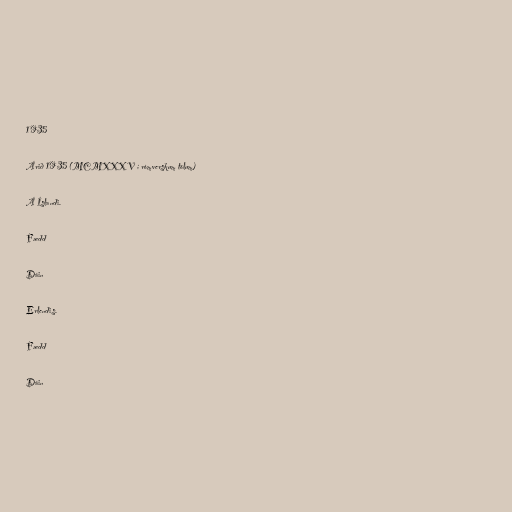
1935

Árið 1935 (MCMXXXV í rómverskum tölum)

Á Íslandi.

Fædd

Dáin

Erlendis.

Fædd

Dáin